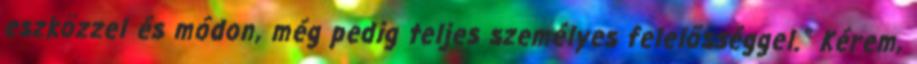
eszközzel és módon, még pedig teljes személyes felelősséggel.” Kérem,